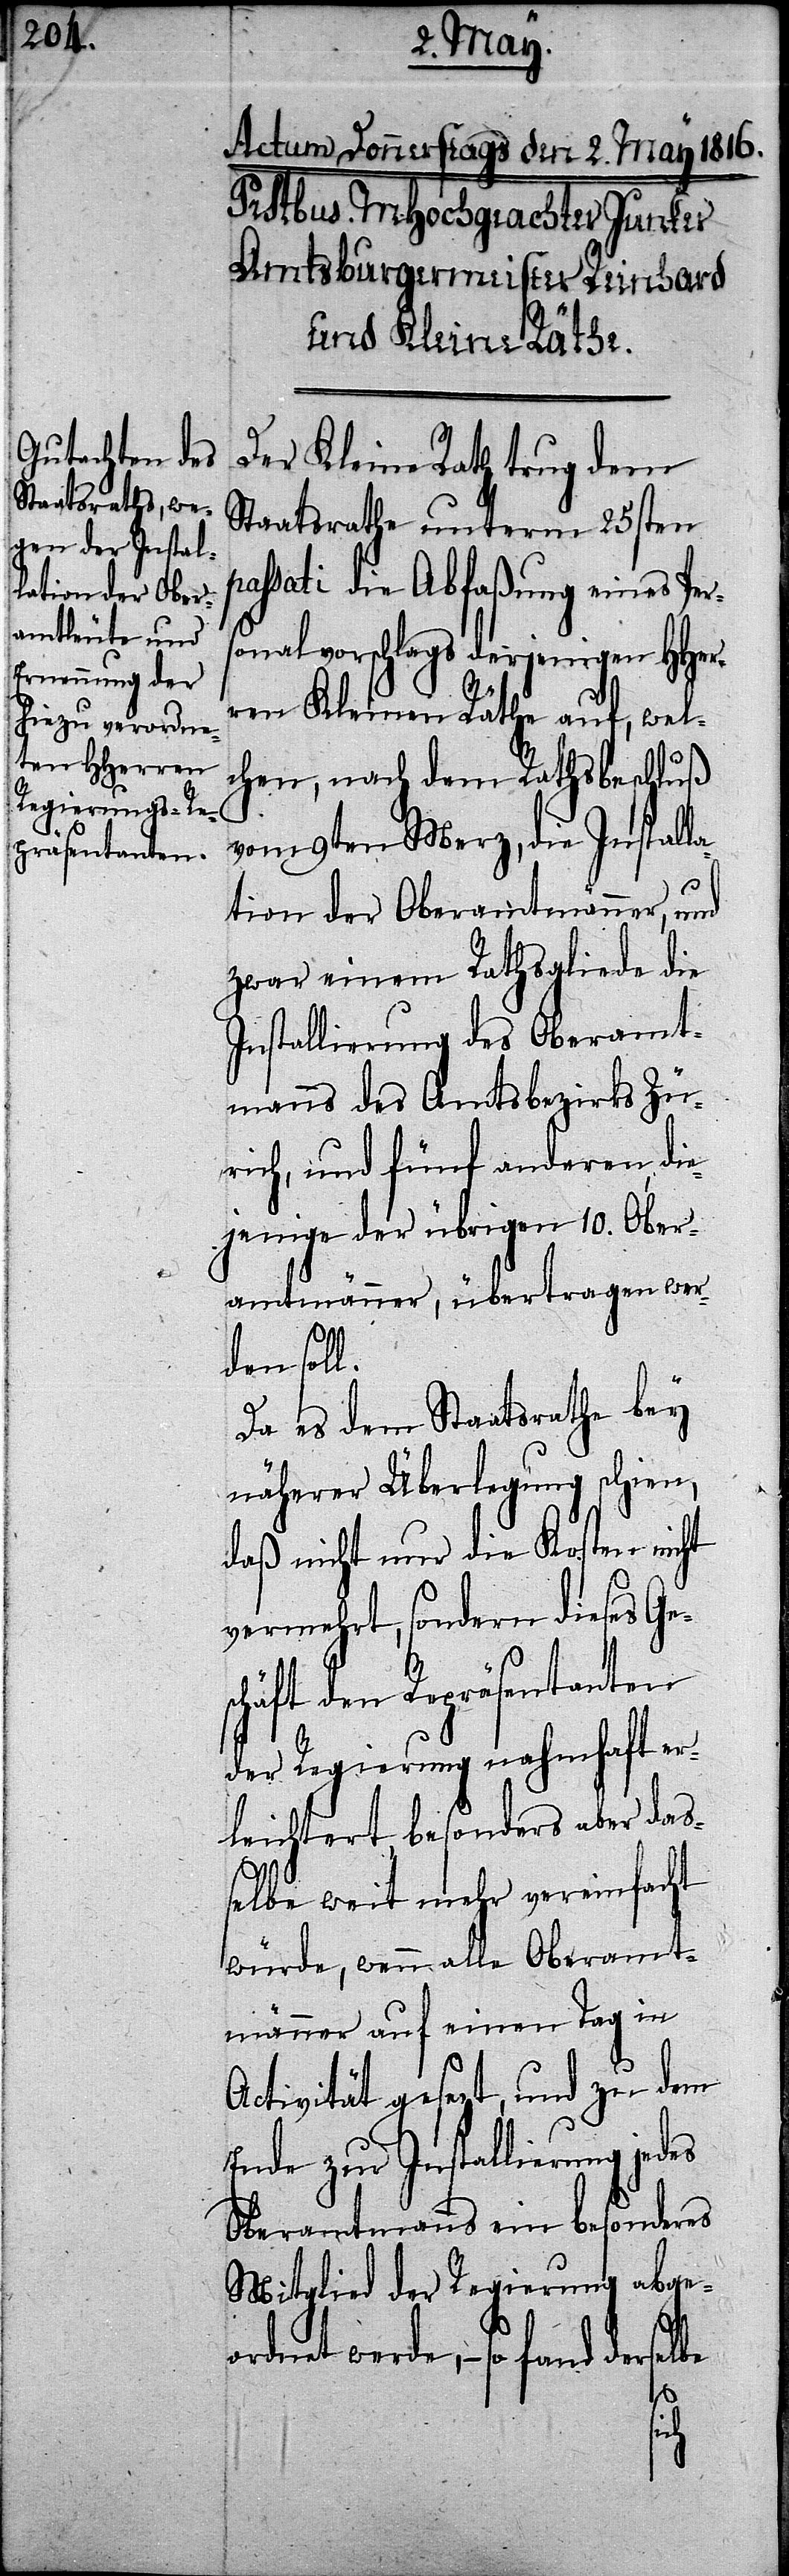
Der Kleine Rath trug dem
Staatsrathe unterm 25sten
assati die Abfaßung eines Per¬
sonalvorschlags derjenigen HHer¬
ren Kleinen Räthe auf, wel¬
chen, nach dem Rathsbeschluß
vom 9ten Merz, die Install¬
ation der Oberamtmänner, und
zwar einem Rathsgliede die
Installierung des Oberamt¬
manns des Amtsbezirks Zü¬
rich, und fünf anderen, die¬
jenige der übrigen 10. Ober¬
amtmänner, übertragen wer¬
derselbe
Da es dem Staatsrathe bey
näherer Überlegung schien,
daß nicht nur die Kosten nicht
vermehrt, sondern dieses Ge¬
schäft den Repräsentanten
der Regierung nahmhaft er¬
leichtert, besonders aber das¬
selbe weit mehr vereinfacht
würde, wenn alle Oberamt¬
männer auf einen Tag in
Activität gesezt, und zu dem
Ende zur Installierung jedes
Oberamtmanns ein besonderes
Mitglied der Regierung abge¬
ordnet werde, – so fa¬
nd